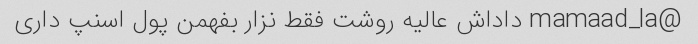
@mamaad_la داداش عالیه روشت فقط نزار بفهمن پول اسنپ داری